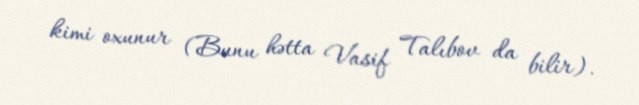
kimi oxunur (Bunu hətta Vasif Talıbov da bilir).